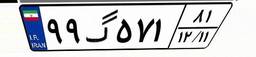
۹۹گ۵۷۱۸۱